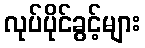
လုပ်ပိုင်ခွင့်များ